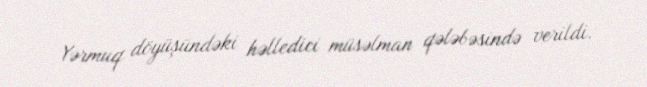
Yərmuq döyüşündəki həlledici müsəlman qələbəsində verildi.